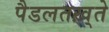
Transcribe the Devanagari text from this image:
पैडलतख़्ते